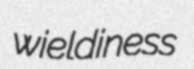
wieldiness